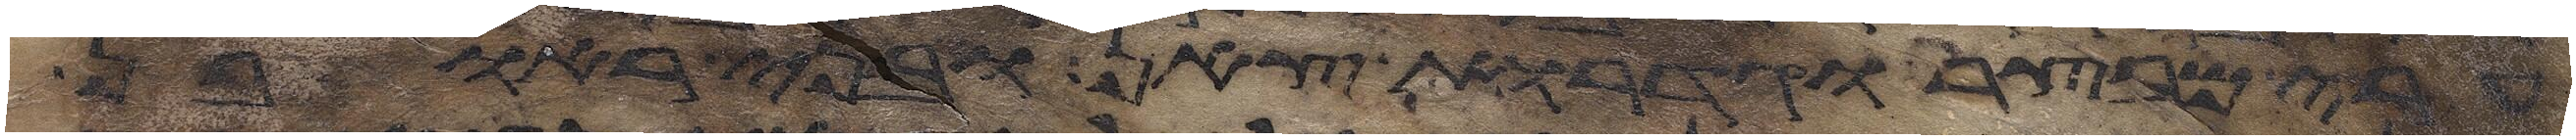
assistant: ערי מבצר וגדרות צאן ובני ראובן